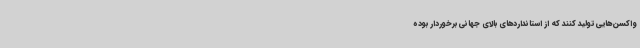
واکسن‌هایی تولید کنند که از استانداردهای بالای جهانی برخوردار بوده